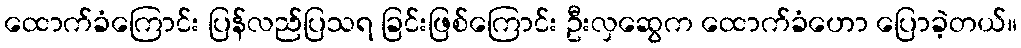
ထောက်ခံကြောင်း ပြန်လည်ပြသရ ခြင်းဖြစ်ကြောင်း ဦးလှဆွေက ထောက်ခံဟော ပြောခဲ့တယ်။